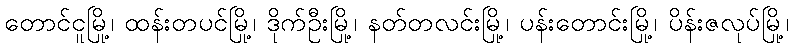
တောင်ငူမြို့၊ ထန်းတပင်မြို့၊ ဒိုက်ဦးမြို့၊ နတ်တလင်းမြို့၊ ပန်းတောင်းမြို့၊ ပိန်းဇလုပ်မြို့၊